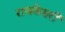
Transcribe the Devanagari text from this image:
राजकेसरी